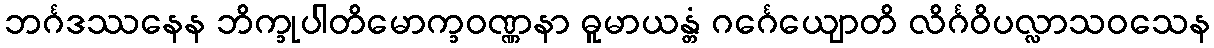
ဘင်္ဂဒဿနေန ဘိက္ခုပါတိမောက္ခဝဏ္ဏနာ ဓူမာယန္တံ ဂင်္ဂေယျောတိ လိင်္ဂဝိပလ္လာသဝသေန